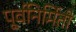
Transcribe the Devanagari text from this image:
पूर्वनिर्मिती